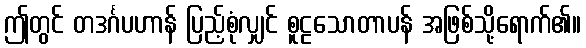
ဤတွင် တဒင်္ဂပဟာန် ပြည့်စုံလျှင် စူဠသောတာပန် အဖြစ်သို့ရောက်၏။